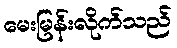
မေးမြန်းလိုက်သည်